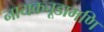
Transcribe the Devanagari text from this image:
नायकचूडामणि